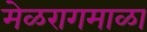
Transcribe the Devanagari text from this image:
मेळरागमाळा